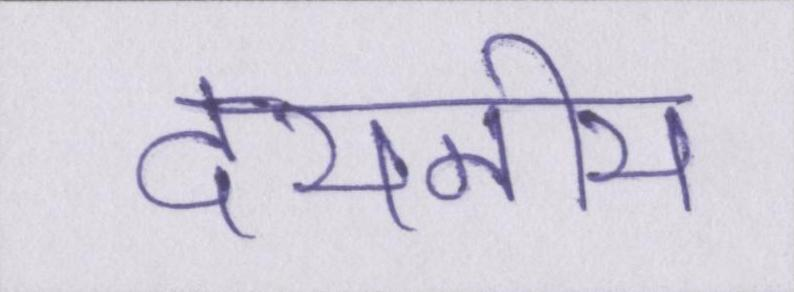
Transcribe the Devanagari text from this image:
दयनीय